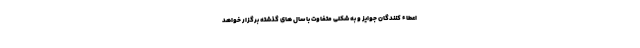
اعطاء کنندگان جوایز و به شکلی متفاوت با سال های گذشته برگزار خواهد